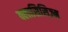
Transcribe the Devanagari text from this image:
क्लासिसिज़्म